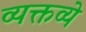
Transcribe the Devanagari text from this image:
व्यक्तव्ये